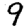
Digit: 9